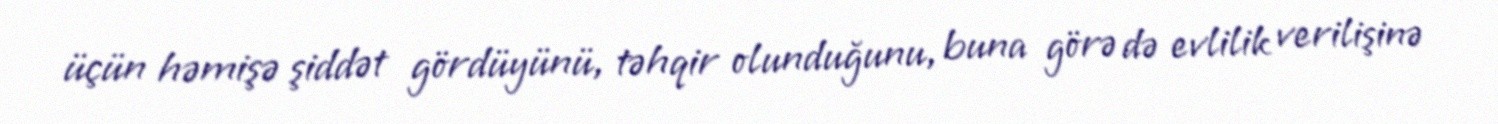
üçün həmişə şiddət gördüyünü, təhqir olunduğunu, buna görə də evlilik verilişinə